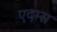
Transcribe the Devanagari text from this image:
एदम्स